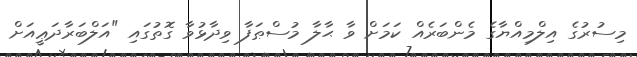
މިސުރުގެ އިލްމިއްޔާގެ މެންބަރެއް ކަމަށް ވާ ޙާލާ މުސްޠަފާ ވިދާޅުވާ ގޮތުގައި "އަލްބަރާދަޢީއަށް